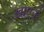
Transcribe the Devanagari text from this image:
ख़ाएन